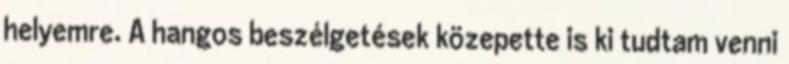
helyemre. A hangos beszélgetések közepette is ki tudtam venni